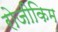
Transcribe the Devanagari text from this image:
रोजीकिम